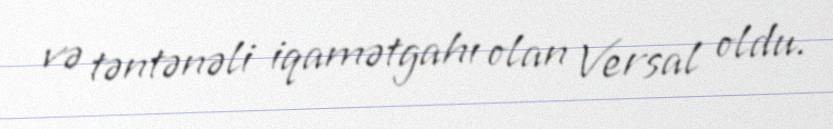
və təntənəli iqamətgahı olan Versal oldu.